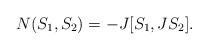
LaTeX: \begin{align*} N(S_1,S_2)=-J[S_1,JS_2].\end{align*}